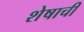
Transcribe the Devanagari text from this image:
शेषाची